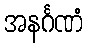
အနင်္ဂဏံ